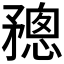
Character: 𥎋